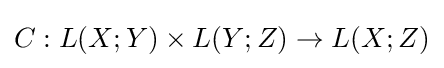
C:L(X;Y)\times L(Y;Z)\to L(X;Z)